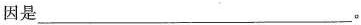
因是___。